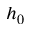
h _ { 0 }